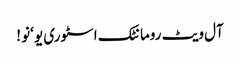
آل ویٹ رومانٹک اسٹوری یو ‘نو !